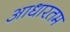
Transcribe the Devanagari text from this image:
आधारतम